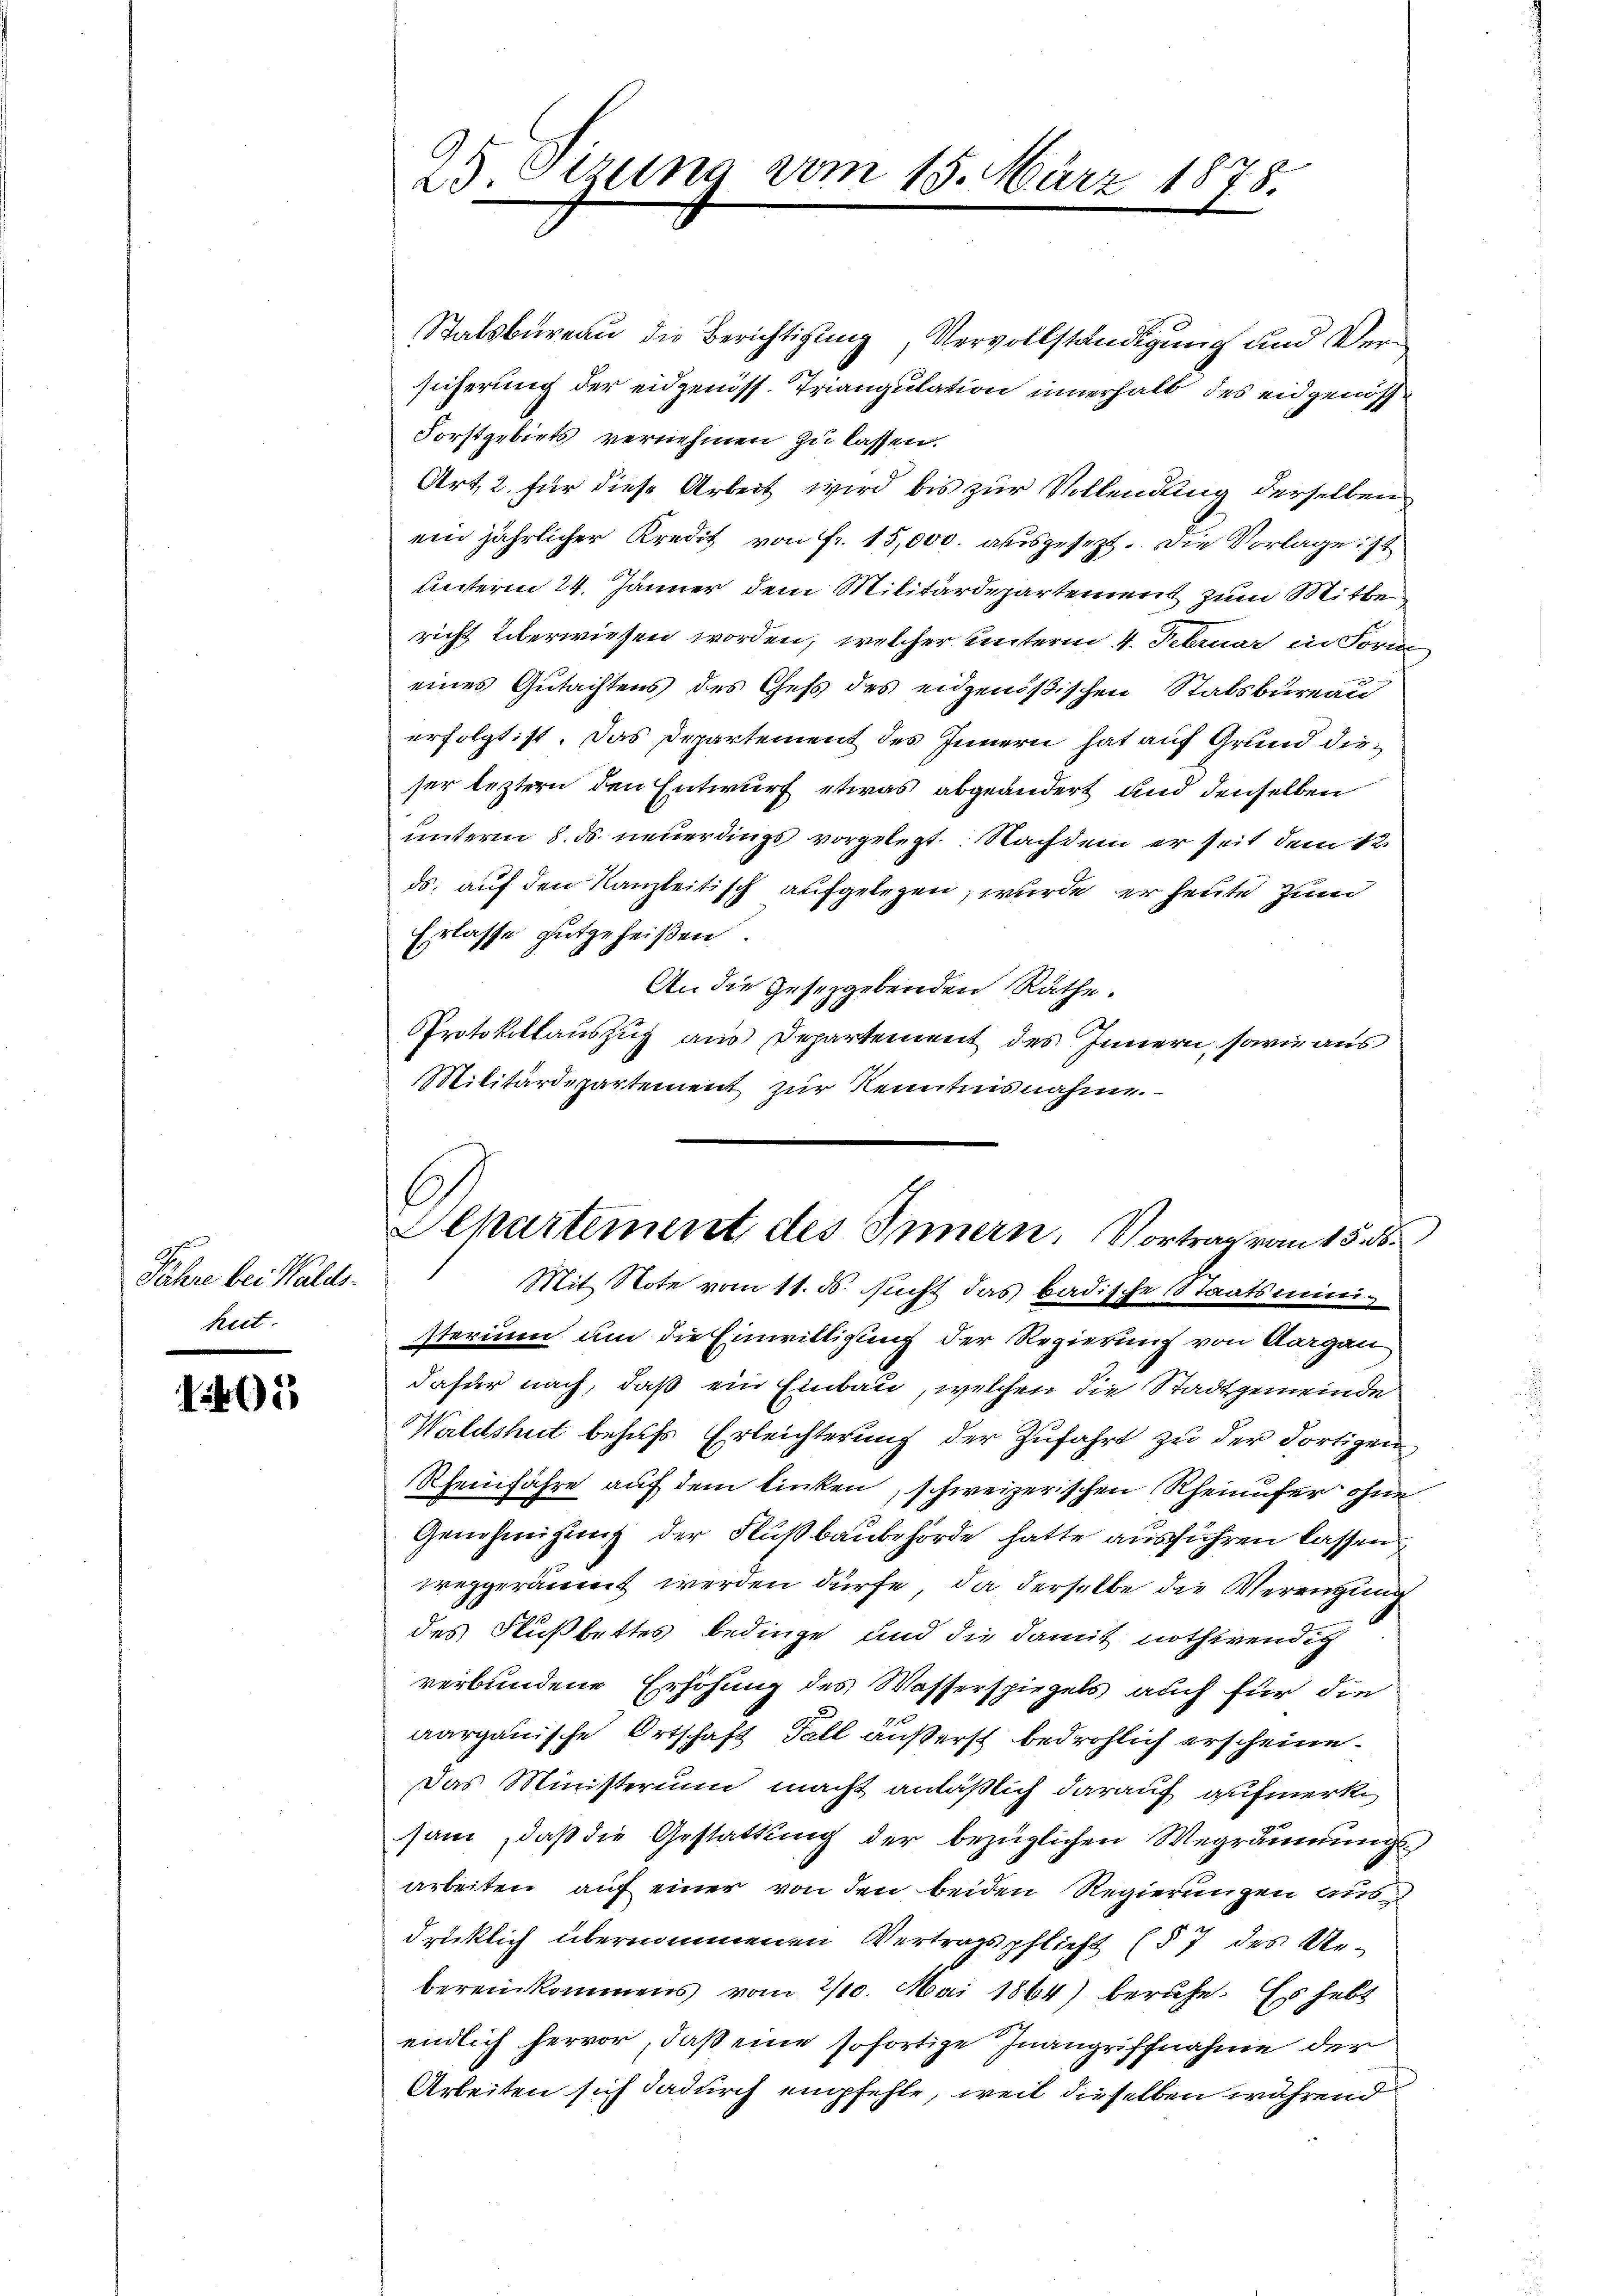
Jahre bei Waldsheit.

41

25. Otzung vom 15. März 1878.

Stalsbureau die Berichtigung, Vervollständigung und Versicherung der eidgenöss. Triangulation innerhalb des eidgenöss¬
Forstgebiets vernehmen zu lassen.
Art, 2. für diese Arbeit wird bis zur Vollendung derselben
ein jährlicher Kredit von Fr. 15,000. ausgesezt. Die Vorlage ist
Leiteren 24. Jänner dem Militärdepartement zum Mitte
richt überwiesen worden, welcher unterm 4. Februar in Form
eines Gutachtens des Chefs des eidgenößischen Stabsbureau
erfolgt ist. Das Departement des Innern hat auf Grund dieser leztern den Entwurf etwas abgeändert und denselben
unterm 8. ds neuerdings vorgelegt. Nachdem er seit dem 12.
ds. auf den Kanzleitisch aufgelegen, wurde er heute zum
Erlasse gutgeheißen.
An die Gesetzgebenden Räthe.
PProtokollauszug aus Departement des Innern, sowie aus
Militärdepartement zur Kenntnisnahme.
Mit Note vom 11. ds. sucht das badische Staatsministerium um die Einwilligung der Regierung von Aargau
dafür nach, daß ein Einbau, welchen die Stadtgemeinde
Waldshut behufs Erleichterung der Zufahrt zu der dortigen
Rheinfahre auf dem linken, schweizerischen Rheinufer ohne
Genehmigung der Flußbaubehörde hatte ausführen lassen,
weggeräumt werden dürfe, da derselbe die Vereigung
des Fußbettes bedinge und die damit nothwendig
verbundene Erhöhung des Wasserspiegels auch für die
aargauische Ortschaft Fall äußerst bedrohlich erscheine.
Das Ministerium macht anläßlich darauf aufmerk
sam, daß die Gestattung der bezüglichen Wegräumungsarbeiten auf einer von den beiden Regierungen aus
drüklich übernommenen Vertragspflicht (§ 7 des Uebereinkommens vom 2/10. Mai 1864) beruhe. Es hebt
endlich hervor, daß eine sofortige Inangriffnahme der
Arbeiten sich dadurch empfehle, weil dieselben während

Alkartement des Innern, Vortrag vom 15. d.